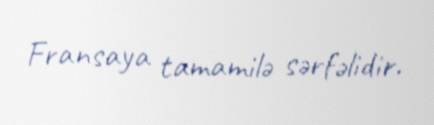
Fransaya tamamilə sərfəlidir.